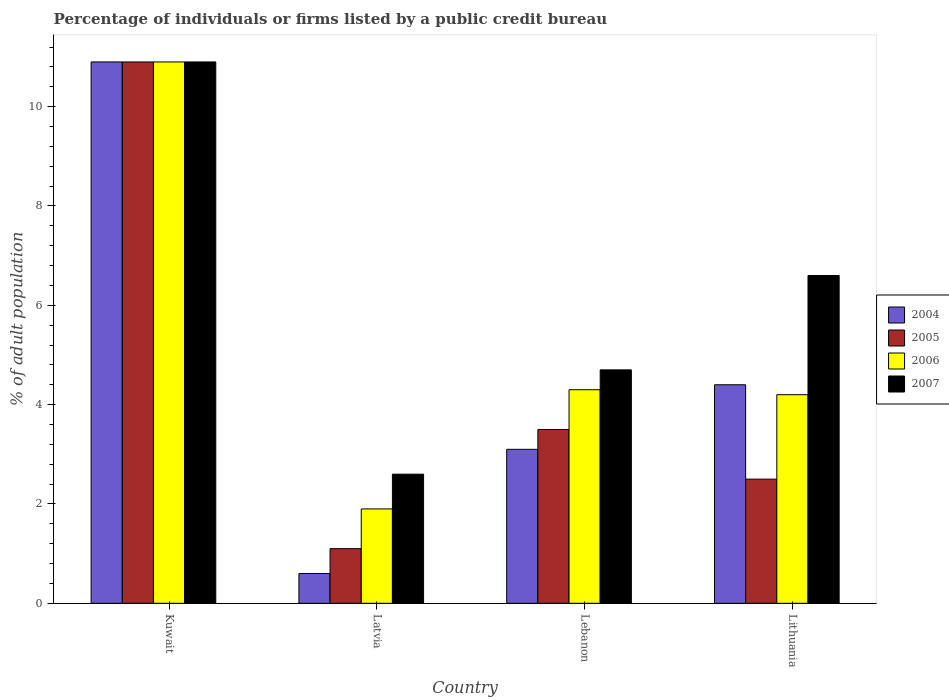
| Country | 2004 | 2005 | 2006 | 2007 |
 | --- | --- | --- | --- | --- |
 | Kuwait | 10.9 | 10.9 | 10.9 | 10.9 |
 | Latvia | 0.6 | 1.1 | 1.9 | 2.6 |
 | Lebanon | 3.1 | 3.5 | 4.3 | 4.7 |
 | Lithuania | 4.4 | 2.5 | 4.2 | 6.6 |